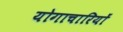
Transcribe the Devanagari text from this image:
योगाचारियों